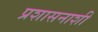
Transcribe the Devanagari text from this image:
प्रशासनाशी